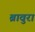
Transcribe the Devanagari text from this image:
ब्रावुरा